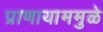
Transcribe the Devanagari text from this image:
प्राणायाममुळे